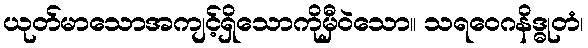
ယုတ်မာသောအကျင့်ရှိသောကိုမှီဝဲသော။ သရဝေဂနိဒ္ဓုတံ၊